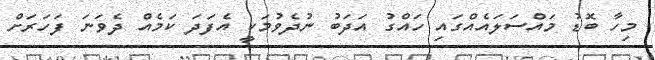
މިހާ ބޮޑު މައްސަލައެއްގައި ހައްގު އަދަބު ނުދެވުމަކީ އެފަދަ ކަމެއް ދެވަނަ ފަހަރަށް